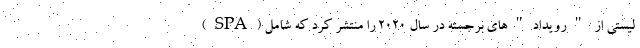
(SPA) لیستی از "رویداد"های برجسته در سال 2020 را منتشر کرد که شامل